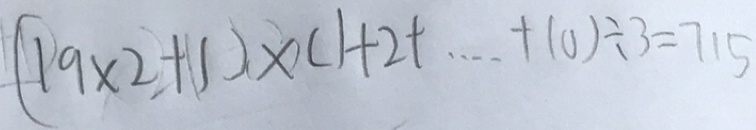
( 1 9 \times 2 + 1 ) \times ( 1 + 2 + \cdots + 1 0 ) \div 3 = 7 1 5